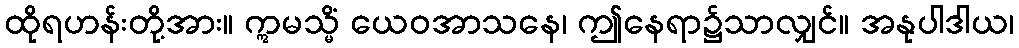
ထိုရဟန်းတို့အား။ ဣမသ္မိံ ယေဝအာသနေ၊ ဤနေရာ၌သာလျှင်။ အနုပါဒါယ၊